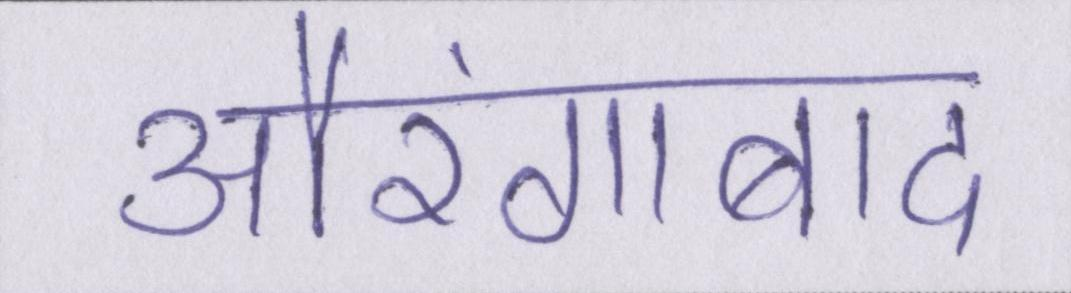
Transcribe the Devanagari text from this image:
औरंगाबाद